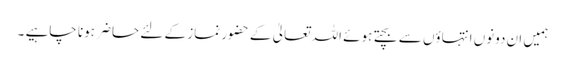
ہمیں ان دونوں انتہاؤں سے بچتے ہوئے اللہ تعالیٰ کے حضور نماز کے لئے حاضر ہونا چاہیے ۔